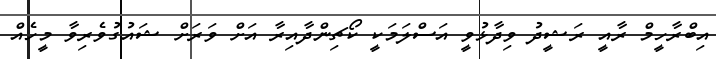
އިބްރާހީމް ރާއީ ރަޝީދު ވިދާޅުވީ އަސްލަމަކީ ކޯޗިންދާއިރާ އަށް ވަރަށް ޝައުގުވެރިވާ މީހެއް